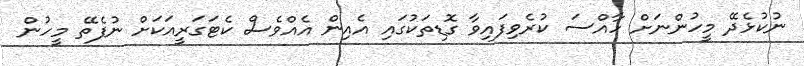
ނުކުޅެދޭ މީހުންނަށް ހާއްސަ ކުރެވިފައިވާ ގޮޑިތަކުގައި އެއިން އެއްވެސް ކެޓަގަރީއަކަށް ނުފެތޭ މީހުން